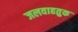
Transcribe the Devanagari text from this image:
जलवाहतुक